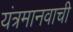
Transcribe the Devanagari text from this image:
यंत्रमानवाची